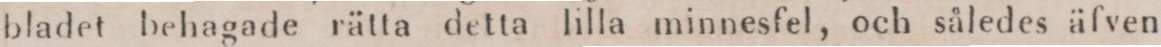
bladet behagade rätta detta lilla minnesfel, och således äfven